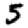
Digit: 5